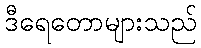
ဒီရေတောများသည်